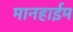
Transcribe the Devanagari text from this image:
मानहाईम